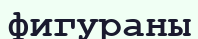
фигураны